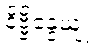
နိဗ္ဗိန္ဒေယျုံ